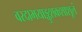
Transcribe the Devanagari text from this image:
वरदाभयाङ्कुशकशाशूलं